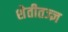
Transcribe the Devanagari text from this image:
शेतीतज्‍ज्ञ